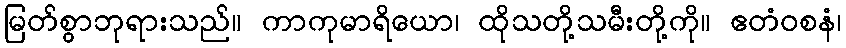
မြတ်စွာဘုရားသည်။ ကာကုမာရိယော၊ ထိုသတို့သမီးတို့ကို။ ဧတံဝစနံ၊